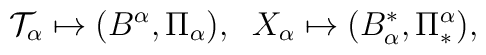
{\cal T}_{\alpha}\mapsto(B^{\alpha},\Pi_{\alpha}),\;\;X_{\alpha}\mapsto(B_{\alpha}^{\ast},\Pi_{\ast}^{\alpha}),